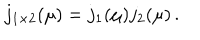
j _ { 1 \times 2 } ( \mu ) = j _ { 1 } ( \mu ) j _ { 2 } ( \mu ) \, .